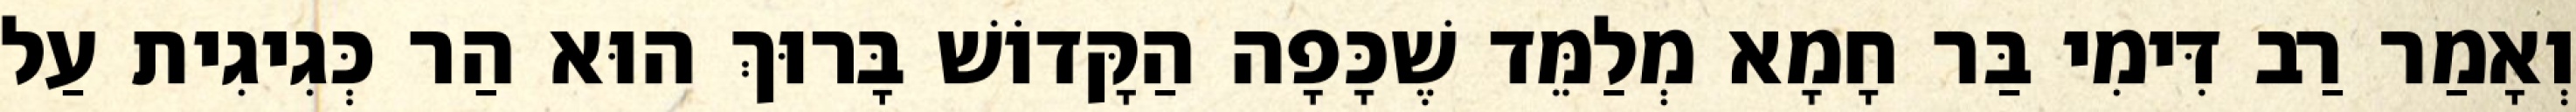
וְאָמַר רַב דִּימִי בַּר חָמָא מְלַמֵּד שֶׁכָּפָה הַקָּדוֹשׁ בָּרוּךְ הוּא הַר כְּגִיגִית עַל